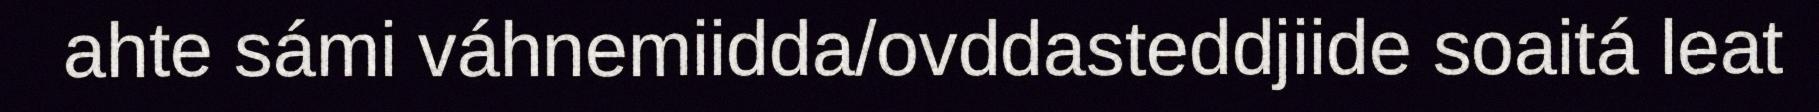
ahte sámi váhnemiidda/ovddasteddjiide soaitá leat